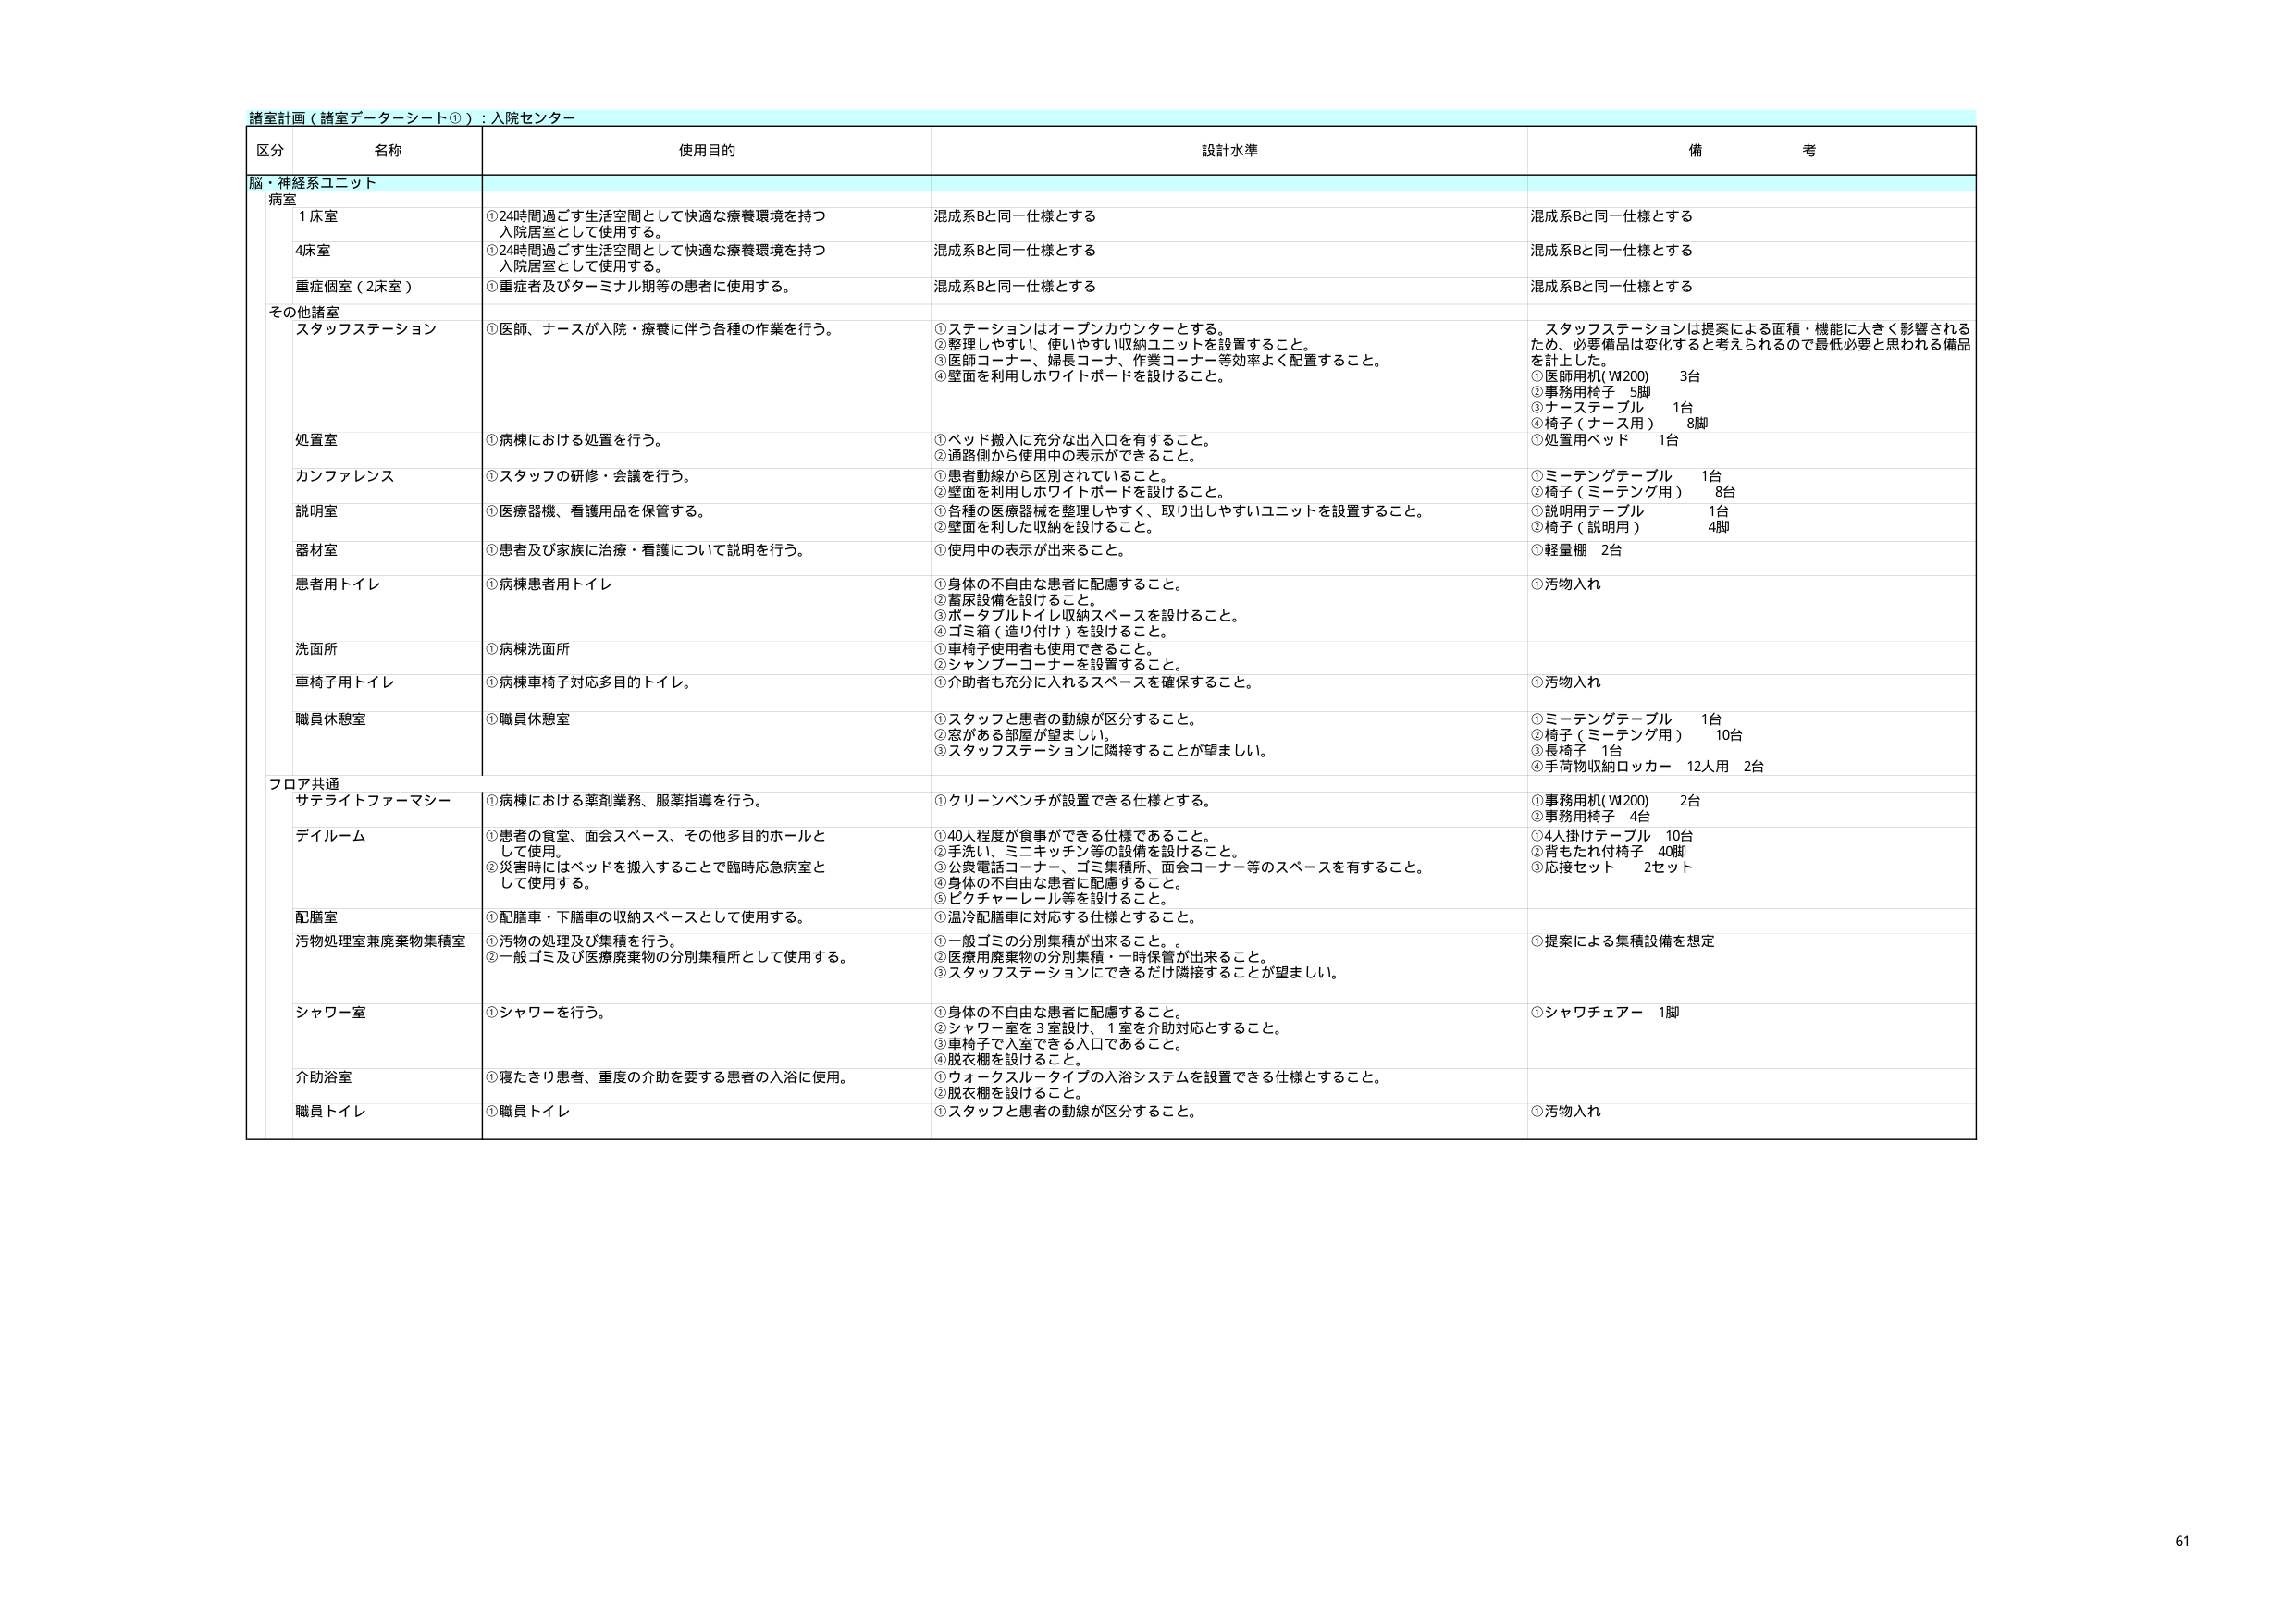
諸室計画（諸室データシート①）：入院センター

区分 名称 使用目的 設計水準 備考

脳・神経系ユニット

病室
1床室 ①24時間過ごす生活空間として快適な療養環境を持つ入院居室として使用する。 混成系Bと同一仕様とする 混成系Bと同一仕様とする
4床室 ①24時間過ごす生活空間として快適な療養環境を持つ入院居室として使用する。 混成系Bと同一仕様とする 混成系Bと同一仕様とする
重症個室（2床室） ①重症者及びターミナル期等の患者に使用する。 混成系Bと同一仕様とする 混成系Bと同一仕様とする

その他諸室
スタッフステーション ①医師、ナースが入院・療養に伴う各種の作業を行う。 ①ステーションはオープンカウンターとする。②整理しやすい、使いやすい収納ユニットを設置すること。③医師コーナー、婦長コーナー、作業コーナー等効率よく配置すること。④壁面を利用しホワイトボードを設けること。 スタッフステーションは提案による面積・機能に大きく影響されるため、必要備品は変化すると考えられるので最低必要と思われる備品を計上した。①医師用机(W200) 3台②事務用椅子 5脚③ナーステーブル 1台④椅子（ナース用） 8脚
処置室 ①病棟における処置を行う。 ①ベッド搬入に充分な出入口を有すること。②通路側から使用中の表示ができること。 ①処置用ベッド 1台
カンファレンス ①スタッフの研修・会議を行う。 ①患者動線から区別されていること。②壁面を利用しホワイトボードを設けること。 ①ミーティングテーブル 1台②椅子（ミーティング用） 8台
説明室 ①医療器械、看護用品を保管する。 ①各種の医療器械を整理しやすく、取り出しやすいユニットを設置すること。②壁面を利用した収納を設けること。 ①説明用テーブル 1台②椅子（説明用） 4脚
器材室 ①患者及び家族に治療・看護について説明を行う。 ①使用中の表示が出来ること。 ①軽量棚 2台
患者用トイレ ①病棟患者用トイレ ①身体の不自由な患者に配慮すること。②蓋尿設備を設けること。③ポータブルトイレ収納スペースを設けること。④ゴミ箱（造り付け）を設けること。⑤車椅子使用者も使用できること。⑥シャンプーコーナーを設置すること。 ①汚物入れ
洗面所 ①病棟洗面所
車椅子用トイレ ①病棟車椅子対応多目的トイレ。 ①介助者も充分に入れるスペースを確保すること。 ①汚物入れ
職員休憩室 ①職員休憩室 ①スタッフと患者の動線が区分すること。②窓がある部屋が望ましい。③スタッフステーションに隣接することが望ましい。 ①ミーティングテーブル 1台②椅子（ミーティング用） 10台③長椅子 1台④手荷物収納ロッカー 12人用 2台

フロア共通
サテライトファーマシー ①病棟における薬剤業務、服薬指導を行う。 ①クリーンベンチが設置できる仕様とする。 ①事務用机(W200) 2台②事務用椅子 4台
デイルーム ①患者の食堂、面会スペース、その他多目的ホールとして使用。②災害時にはベッドを搬入することで臨時応急病室として使用する。 ①40人程度が食事ができる仕様であること。②手洗い、ミニキッチン等の設備を設けること。③公衆電話コーナー、ゴミ集積所、面会コーナー等のスペースを有すること。④身体の不自由な患者に配慮すること。⑤ピクチャーレール等を設けること。 ①4人掛けテーブル 10台②背もたれ付椅子 40脚③応接セット 2セット
配膳室 ①配膳車・下膳車の収納スペースとして使用する。 ①温冷配膳車に対応する仕様とすること。
汚物処理室兼廃棄物集積室 ①汚物の処理及び集積を行う。②一般ゴミ及び医療廃棄物の分別集積所として使用する。 ①一般ゴミの分別集積が出来ること。②医療用廃棄物の分別集積・一時保管が出来ること。③スタッフステーションにできるだけ隣接することが望ましい。 ①提案による集積設備を想定
シャワー室 ①シャワーを行う。 ①身体の不自由な患者に配慮すること。②シャワー室を3室設け、1室を介助対応とすること。③車椅子で入室できる入口であること。④脱衣棚を設けること。 ①シャワチェアー 1脚
介助浴室 ①寝たきり患者、重度の介助を要する患者の入浴に使用。 ①ウォークスルータイプの入浴システムを設置できる仕様とすること。②脱衣棚を設けること。
職員トイレ ①職員トイレ ①スタッフと患者の動線が区分すること。 ①汚物入れ

61